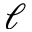
\ell